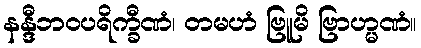
နန္ဒီဘဝပရိက္ခီဏံ၊ တမဟံ ဗြူမိ ဗြာဟ္မဏံ။